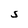
Character: S